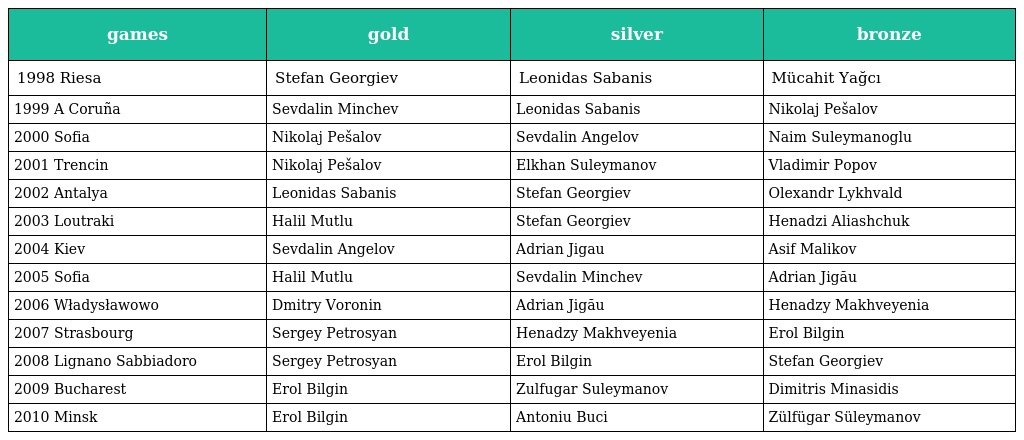
| games | gold | silver | bronze |
 | --- | --- | --- | --- |
 | 1998 Riesa | Stefan Georgiev | Leonidas Sabanis | Mücahit Yağcı |
 | 1999 A Coruña | Sevdalin Minchev | Leonidas Sabanis | Nikolaj Pešalov |
 | 2000 Sofia | Nikolaj Pešalov | Sevdalin Angelov | Naim Suleymanoglu |
 | 2001 Trencin | Nikolaj Pešalov | Elkhan Suleymanov | Vladimir Popov |
 | 2002 Antalya | Leonidas Sabanis | Stefan Georgiev | Olexandr Lykhvald |
 | 2003 Loutraki | Halil Mutlu | Stefan Georgiev | Henadzi Aliashchuk |
 | 2004 Kiev | Sevdalin Angelov | Adrian Jigau | Asif Malikov |
 | 2005 Sofia | Halil Mutlu | Sevdalin Minchev | Adrian Jigău |
 | 2006 Władysławowo | Dmitry Voronin | Adrian Jigău | Henadzy Makhveyenia |
 | 2007 Strasbourg | Sergey Petrosyan | Henadzy Makhveyenia | Erol Bilgin |
 | 2008 Lignano Sabbiadoro | Sergey Petrosyan | Erol Bilgin | Stefan Georgiev |
 | 2009 Bucharest | Erol Bilgin | Zulfugar Suleymanov | Dimitris Minasidis |
 | 2010 Minsk | Erol Bilgin | Antoniu Buci | Zülfügar Süleymanov |